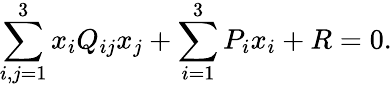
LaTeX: \sum_{i,j=1}^{3}x_{i}Q_{ij}x_{j}+\sum_{i=1}^{3}P_{i}x_{i}+R=0.